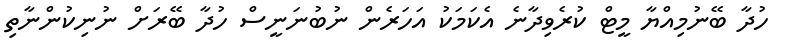
ހުދާ ބޭނުމިއްޔާ މީޓް ކުރެވިދާނެ އެކަމަކު އަހަރެން ނުބުނަނީސް ހުދާ ބޭރަށް ނުނިކުންނާތި